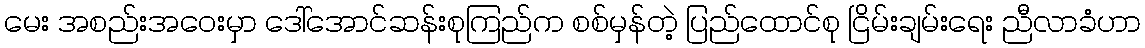
မေး အစည်းအဝေးမှာ ဒေါ်အောင်ဆန်းစုကြည်က စစ်မှန်တဲ့ ပြည်ထောင်စု ငြိမ်းချမ်းရေး ညီလာခံဟာ